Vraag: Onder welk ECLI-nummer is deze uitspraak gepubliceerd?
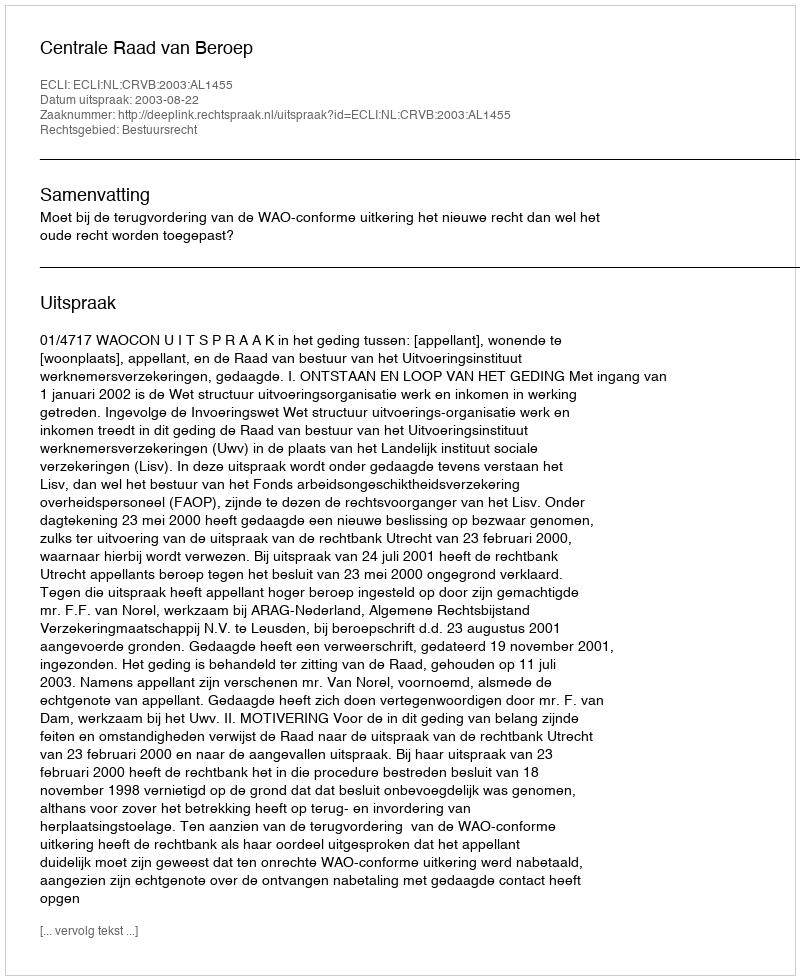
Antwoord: ECLI:NL:CRVB:2003:AL1455